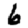
Digit: 6